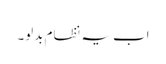
اب یہ نظام بدلو۔